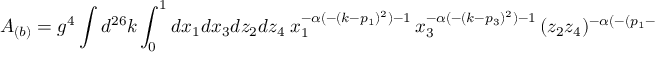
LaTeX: A _ { ( b ) } = g ^ { 4 } \int d ^ { 2 6 } k \int _ { 0 } ^ { 1 } d x _ { 1 } d x _ { 3 } d z _ { 2 } d z _ { 4 } ~ x _ { 1 } ^ { - \alpha ( - ( k - p _ { 1 } ) ^ { 2 } ) - 1 } \, x _ { 3 } ^ { - \alpha ( - ( k - p _ { 3 } ) ^ { 2 } ) - 1 } \, ( z _ { 2 } z _ { 4 } ) ^ { - \alpha ( - ( p _ { 1 } - p _ { 3 } ) ^ { 2 } ) - 1 } .